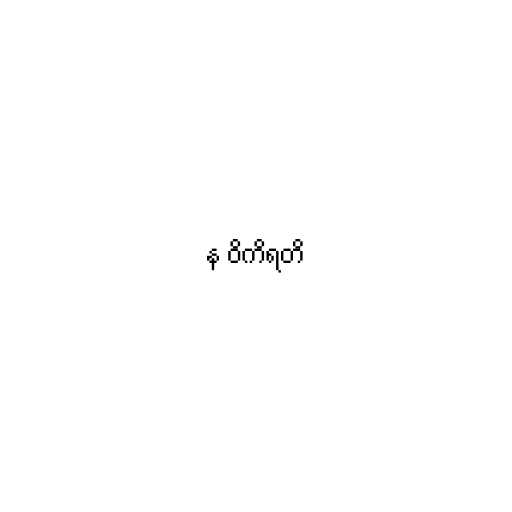
န ဝိကိရတိ